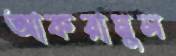
আকরামুল